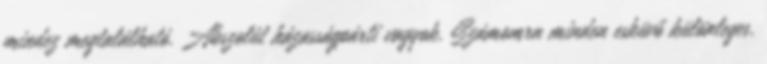
mindez megtalálható. Abszolút házasságpárti vagyok. Számomra minden esküvő különleges.